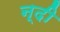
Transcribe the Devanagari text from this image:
न्दी